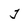
Character: j